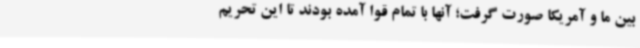
بین ما و آمریکا صورت گرفت؛ آنها با تمام قوا آمده بودند تا این تحریم